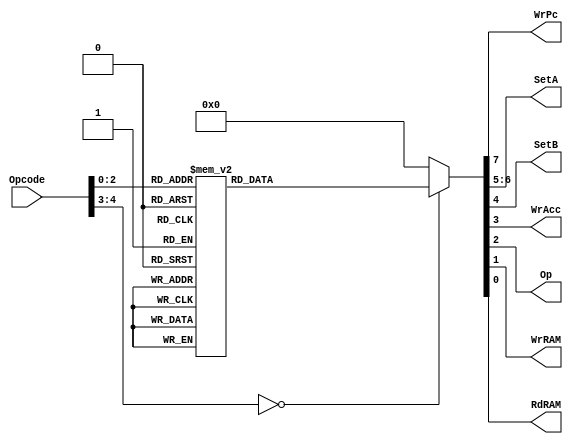
`timescale 1ns / 1ps
//////////////////////////////////////////////////////////////////////////////////
// Company: 				FS Inc.
//						    Sieber, Braian
// 
// Design Name:			Circuito combinacional
// Module Name:   		Decodificador de instrucciones
// Project Name: 	    BIP I
// Target Devices:	    basys 3
// Tool versions: 	    Vivado
// Description: 	    Modulo parte de la unidad de control de un CPU BIP
//
// Dependencies: 			
//
// Revision: 				
// Revision 0.01 - File Created
// Additional Comments: 
//
//////////////////////////////////////////////////////////////////////////////////

module Decoder
	(
		input [4:0] Opcode,
		output WrPc,
		output [1:0] SetA,
		output SetB,
		output WrAcc,
		output Op,
		output WrRAM,
		output RdRAM
	);	
	
	reg[7:0] Output;          // registro auxiliar que asignadmos a las salidas
	assign WrPc = Output[7];  // entrada al PC para aumentar su valor en 1
    assign SetA= Output[6:5]; // selector para la entrada al acumulador, entre dato directo, inmediato  salida de la ALU
    assign SetB= Output[4];   // selector entre dato inmediato o directo para la entrada a la alu
    assign WrAcc= Output[3];  // entrada al acumulador para permitir escritura
    assign Op= Output[2];     // entrada a la alu para seleccionar entre operacion de suma y resta
    assign WrRAM= Output[1];  // entrada a la mamoria de datos para permitir escritura 
    assign RdRAM= Output[0];  // entrada a la memoria para permitir lectura
	
	always @(*)
	begin                                                //                  |
		case (Opcode)                                    // Operation        | WrPc  | SetA | SetB | WrAcc | Op | WrRAM | RdRAM |
		                                                 //---------------------------------------------------------------------
                5'b00000: 	Output = 	8'b00000000; 		 // HALT             |   0   |  00  |  0   |   0   | 0  |   0   |   0   |
				5'b00001: 	Output = 	8'b10000010; 	     // STORE VARIABLE   |   1   |  xx  |  x   |   0   | x  |   1   |   0   |
				5'b00010: 	Output = 	8'b10001001;        // LOAD VARIABLE    |   1   |  00  |  x   |   1   | x  |   0   |   1   |
				5'b00011: 	Output = 	8'b10101000;        // LOAD INMEDIATE   |   1   |  01  |  x   |   1   | x  |   x   |   x   |
				5'b00100: 	Output = 	8'b11001101;        // ADD VARIABLE     |   1   |  10  |  0   |   1   | 1  |   0   |   1   |
				5'b00101: 	Output = 	8'b11011100;        // ADD INMEDIATE    |   1   |  10  |  1   |   1   | 1  |   0   |   0   |
				5'b00110: 	Output = 	8'b11001001;        // SUB VARIABLE     |   1   |  10  |  0   |   1   | 0  |   0   |   1   |
				5'b00111: 	Output = 	8'b11011000;        // SUB INMEDIATE    |   1   |  10  |  1   |   1   | 0  |   0   |   0   |
 				default: 	Output = 	8'b00000000;		 
		endcase
	end
endmodule